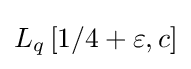
L_{q}\left[1/4+\varepsilon ,c\right]